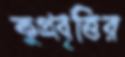
কুপ্রবৃত্তির